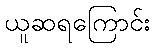
ယူဆရကြောင်း